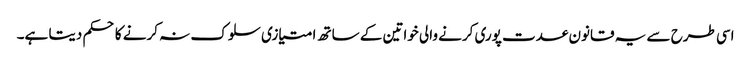
اسی طرح سے یہ قانون عدت پوری کرنے والی خواتین کے ساتھ امتیازی سلوک نہ کرنے کا حکم دیتا ہے۔